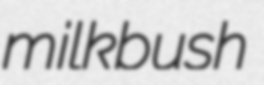
milkbush